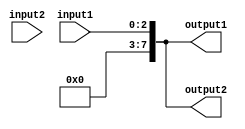

module Zero_Extend(input1,input2,output1,output2);
		
	input [2:0] input1;
	input [5:0] input2;
	
	output reg [7:0] output1;
	output reg [7:0] output2;
	
	always @ (input1 or input2)
	begin
		output1= {5'b0, input1};			//zero extention  to 8 bit
		output2= {2'b0, input1};			//zero extention  to 8 bit
	end
	
	
endmodule